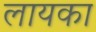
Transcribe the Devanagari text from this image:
लायका